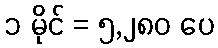
၁ မိုင် = ၅,၂၈၀ ပေ